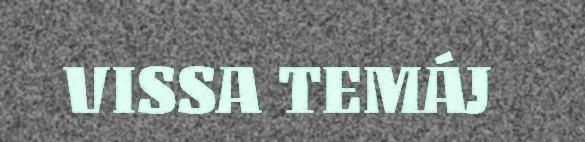
VISSA TEMÁJ